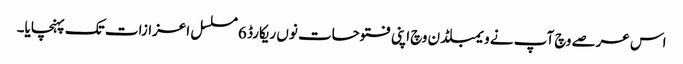
اس عرصے وچ آپ نے ویمبلڈن وچ اپنی فتوحات نو‏‏ں ریکارڈ 6 مسلسل اعزازات تک پہنچایا۔